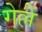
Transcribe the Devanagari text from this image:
गेल्लें